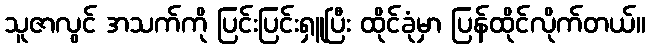
သူဇာလွင် အသက်ကို ပြင်းပြင်းရှူပြီး ထိုင်ခုံမှာ ပြန်ထိုင်လိုက်တယ်။